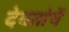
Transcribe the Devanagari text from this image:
देवतांचें